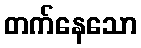
တက်နေသော